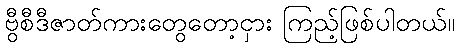
ဗွီစီဒီဇာတ်ကားတွေတော့ငှား ကြည့်ဖြစ်ပါတယ်။